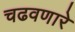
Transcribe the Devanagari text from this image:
चढवणारे